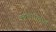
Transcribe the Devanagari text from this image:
अखत्यारितील